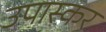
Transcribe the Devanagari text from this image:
उपास्कर